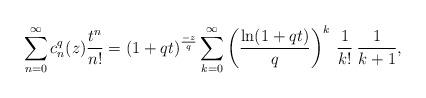
LaTeX: \begin{align*}\sum_{n=0}^{\infty}c_n^q(z)\frac{t^n}{n!}=(1+qt)^{\frac{-z}{q}}\sum_{k=0}^{\infty}\left(\frac{\ln(1+qt)}{q}\right)^k\:\frac{1}{k!}\:\frac{1}{k+1},\end{align*}